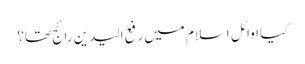
کیا اوائلِ اسلام میں‌ رفع الیدین رائج تھا؟